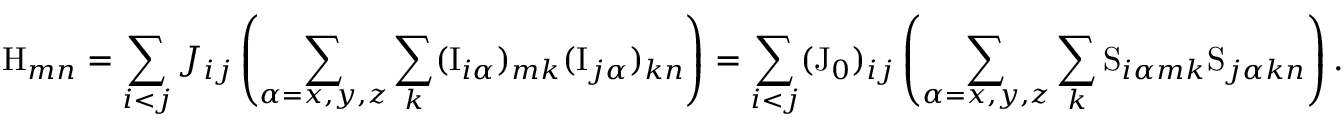
\mathrm { H } _ { m n } = \sum _ { i < j } J _ { i j } \left( \sum _ { \alpha = x , y , z } \sum _ { k } ( \mathrm { I } _ { i \alpha } ) _ { m k } ( \mathrm { I } _ { j \alpha } ) _ { k n } \right) = \sum _ { i < j } ( \mathrm { J } _ { 0 } ) _ { i j } \left( \sum _ { \alpha = x , y , z } \sum _ { k } \mathrm { S } _ { i \alpha m k } \mathrm { S } _ { j \alpha k n } \right) .